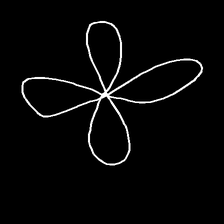
Glyph: billowing